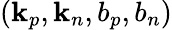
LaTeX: (\mathbf{k}_{p},\mathbf{k}_{n},b_{p},b_{n})